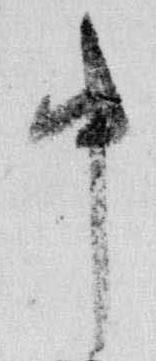
中